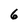
Character: G